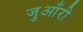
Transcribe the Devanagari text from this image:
जुआँरी